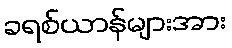
ခရစ်ယာန်များအား